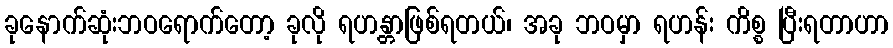
ခုနောက်ဆုံးဘဝရောက်တော့ ခုလို ရဟန္တာဖြစ်ရတယ်၊ အခု ဘဝမှာ ရဟန်း ကိစ္စ ပြီးရတာဟာ